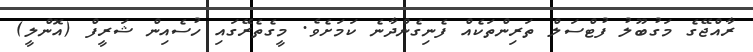
ރާއްޖޭގެ މަގުބޫލު ފުޓްސަލް ތަރިންތަކެއް ފެނިގެންދާނެ ކަމަށެވެ. މީގެތެރޭގައި ހުސެއިން ޝަރީފް (އޮންލީ)